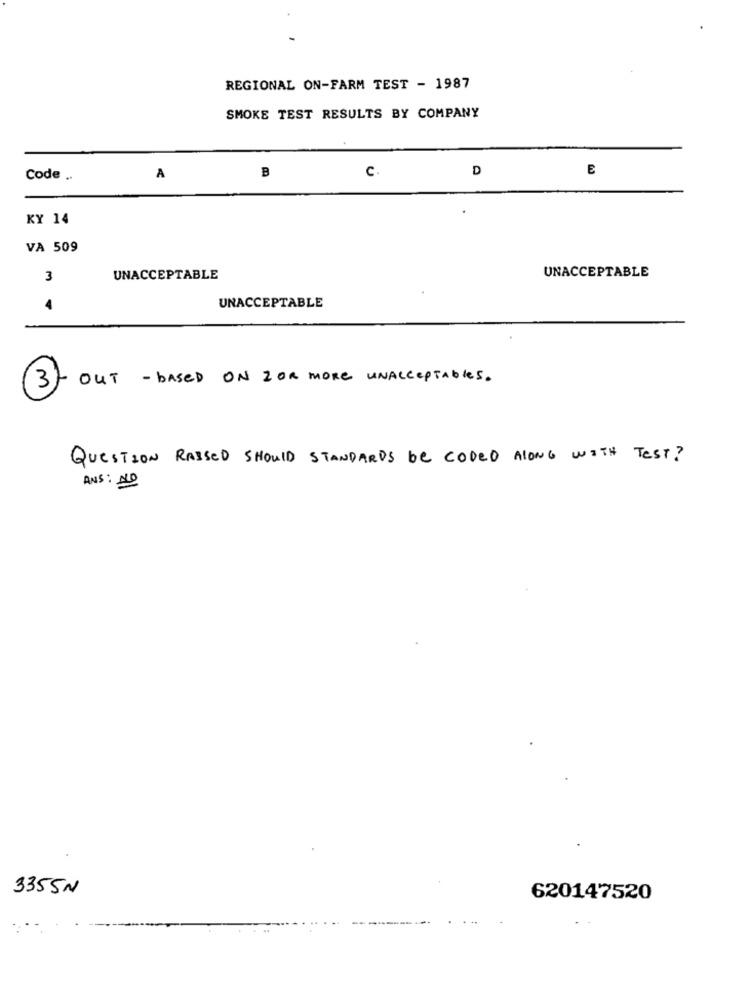
REGIONAL ON-FARM TEST - 1987
SMOKE TEST RESULTS BY COMPANY
B
c.
D
E
Code ..
A
KY 14
VA 509
3
UNACCEPTABLE
UNACCEPTABLE
UNACCEPTABLE
OUT - based ON Z OR MORE UNAcceptables.
3
QUESTION RAISED SHOULD STANDARDS be CODED ALONG WITH Test?
ANS: NO
3355N
620147520